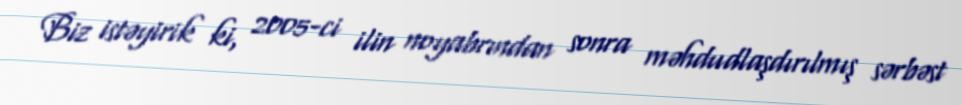
Biz istəyirik ki, 2005-ci ilin noyabrından sonra məhdudlaşdırılmış sərbəst